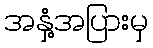
အနှံ့အပြားမှ